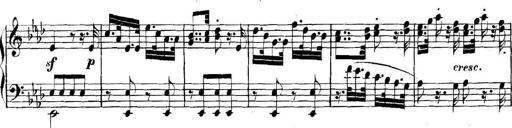
Title: Collected Piano Sonatas
Composer: Muzio Clementi